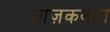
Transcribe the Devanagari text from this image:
आज़कबान